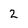
Character: 2